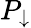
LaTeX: P_{\downarrow}